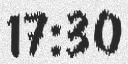
17:30